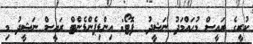
ކުރީގެ ރައީސް މުހައްމަދު ނަޝީދު  ފޮޓޯ: އިންޑިޕެންޑެންޓް ރައީސް ނަޝީދު މި